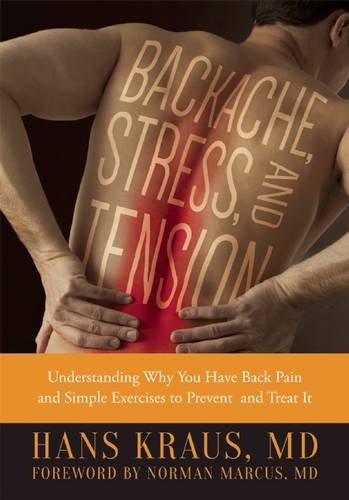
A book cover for Backache, Stress, and Tension: Understanding Why You Have Back Pain and Simple Exercises to Prevent and Treat It; Hans Kraus; Health, Fitness & Dieting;